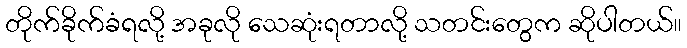
တိုက်ခိုက်ခံရလို့ အခုလို သေဆုံးရတာလို့ သတင်းတွေက ဆိုပါတယ်။